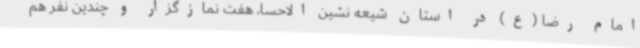
امام رضا (ع) در استان شیعه نشین الاحسا، هفت نمازگزار و چندین نفر هم